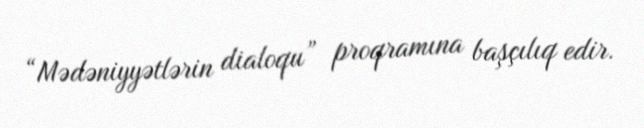
“Mədəniyyətlərin dialoqu” proqramına başçılıq edir.